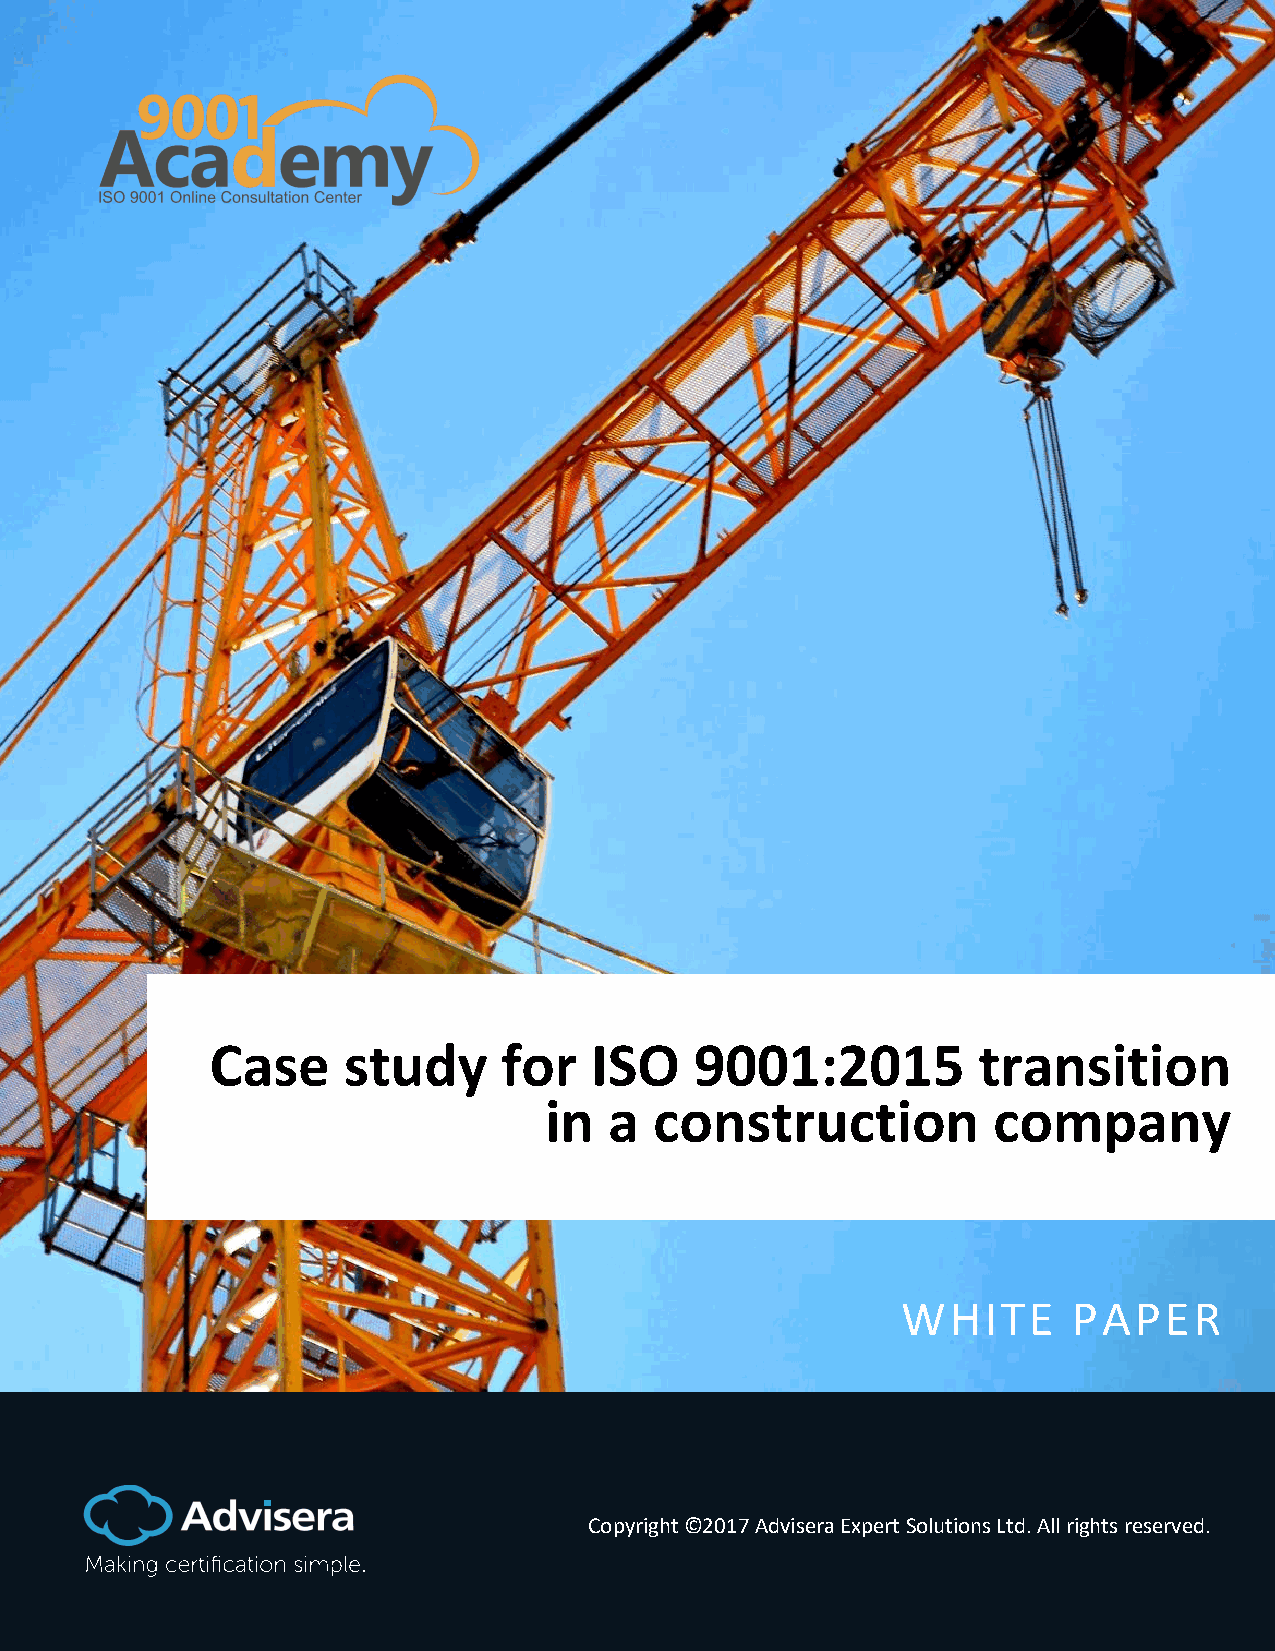
Case     study     for   ISO    9001:2015          transition
 in  a  construction           company
 WHITE      PAPER
 Copyright ©2017 Advisera Expert Solutions Ltd. All rights reserved.
 Copyright © 2017 Advisera Expert Solutions Ltd. All rights reserved.
 1